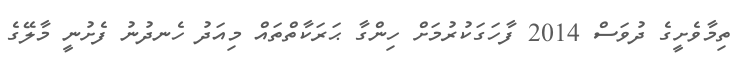
ތިމާވެށީގެ ދުވަސް 2014 ފާހަގަކުރުމަށް ހިންގާ ޙަރަކާތްތައް މިއަދު ހެނދުނު ފެށުނީ މާލޭގެ